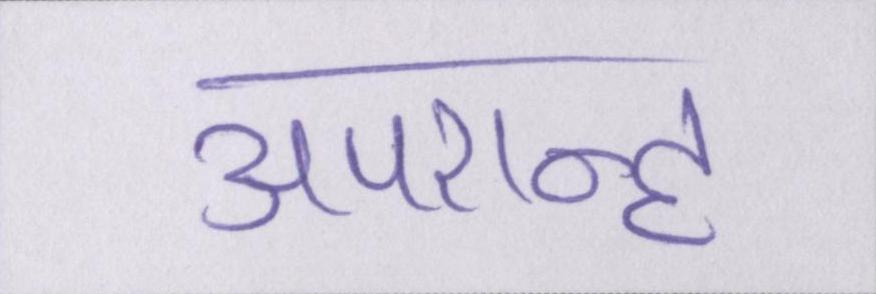
अपरान्ह